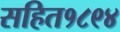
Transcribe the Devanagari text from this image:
सहित१८९४